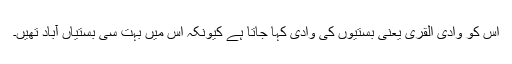
اس کو وادی القریٰ یعنی بستیوں کی وادی کہا جاتا ہے کیونکہ اس میں بہت سی بستیاں آباد تھیں۔